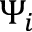
\Psi _ { i }